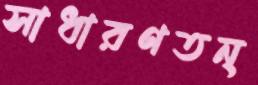
সাধারণতন্